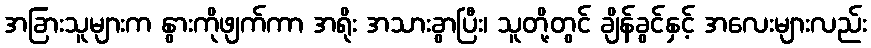
အခြားသူများက နွားကိုဖျက်ကာ အရိုး အသားခွာပြီး၊ သူတို့တွင် ချိန်ခွင်နှင့် အလေးများလည်း